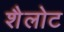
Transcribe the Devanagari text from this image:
शैलोट